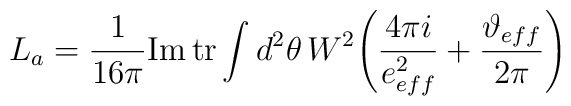
L_a = \frac{1}{16\pi}\mbox{Im}\,\mbox{tr}\int d^2\theta\,W^2\Bigg(\frac{4\pi i}{e^2_{eff}}+\frac{\vartheta_{eff}}{2\pi}\Bigg)